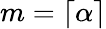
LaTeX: m=\lceil\alpha\rceil